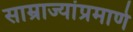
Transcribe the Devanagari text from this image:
साम्राज्यांप्रमाणे